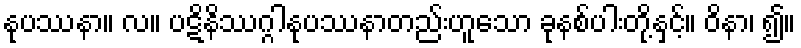
နုပဿနာ။ လ။ ပဋိနိဿဂ္ဂါနုပဿနာတည်းဟူသော ခုနစ်ပါးတို့နှင့်။ ဝိနာ၊ ၍။